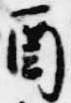
酉